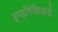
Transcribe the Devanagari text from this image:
इण्डॉनेशियाई